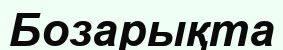
Бозарықта